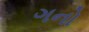
ગનો